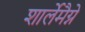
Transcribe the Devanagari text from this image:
शार्लेमैग्ने